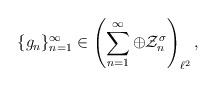
LaTeX: \begin{align*}\{g_{n}\}_{n=1}^{\infty} \in\left(\sum_{n=1}^{\infty}\oplus \mathcal{Z}_{n}^{\sigma}\right)_{\ell^{2}},\end{align*}